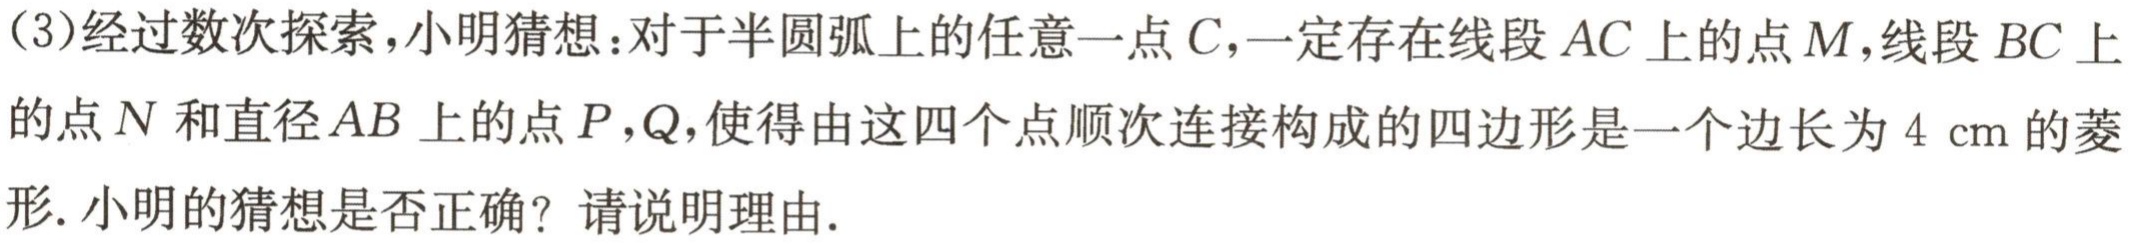
(3)经过数次探索，小明猜想：对于半圆弧上的任意一点\(C\)，一定存在线段\(AC\)上的点\(M\)，线段\(BC\)上的点\(N\)和直径\(AB\)上的点\(P\)，\(Q\)，使得由这四个点顺次连接构成的四边形是一个边长为\(4\mathrm{cm}\)的菱形. 小明的猜想是否正确？请说明理由.